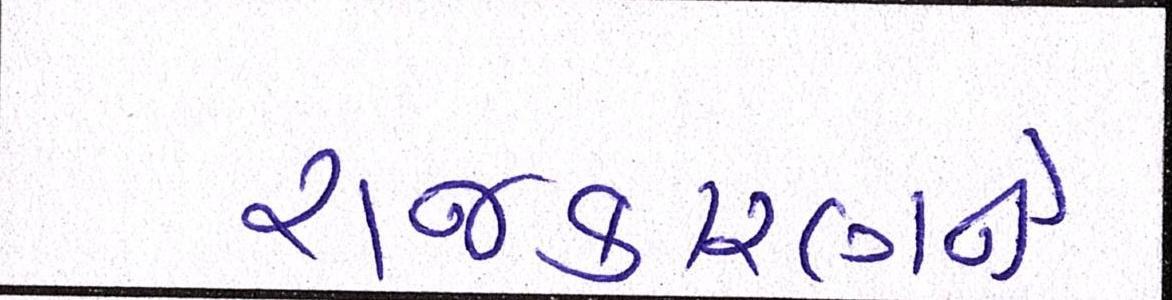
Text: રાજકારણને